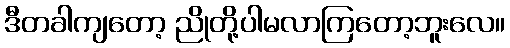
ဒီတခါကျတော့ ညိုတို့ပါမလာကြတော့ဘူးလေ။